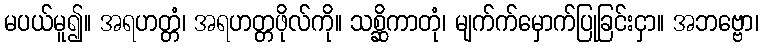
မပယ်မူ၍။ အရဟတ္တံ၊ အရဟတ္တဖိုလ်ကို။ သစ္ဆိကာတုံ၊ မျက်က်မှောက်ပြုခြင်းငှာ။ အဘဗ္ဗော၊